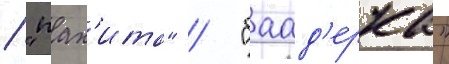
/ "пах'ита" / "баад'ерка"